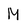
Character: M